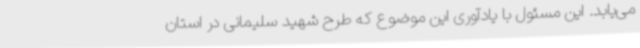
می‌یابد. این مسئول با یادآوری این موضوع که طرح شهید سلیمانی در استان